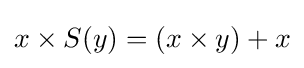
x\times S(y)=(x\times y)+x